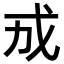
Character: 𪭊